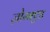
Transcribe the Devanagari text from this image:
ज़ोम्बएड